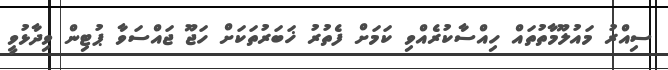
ސިއްރު މައުލޫމާތުތައް ހިއްސާކުރެއްވި ކަމަށް ފެތުރު ޚަބަރުތަކަށް ހަޖޫ ޖައްސަވާ ޕުޓިން ވިދާޅުވީ